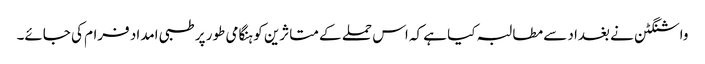
واشنگٹن نے بغداد سے مطالبہ کیا ہے کہ اس حملے کے متاثرین کو ہنگامی طور پر طبی امداد فرام کی جائے۔